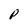
Character: P